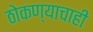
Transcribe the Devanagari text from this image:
ठोकण्याचाही